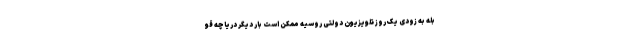
بله به زودی یک روز تلویزیون دولتی روسیه ممکن است بار دیگر دریاچه قو